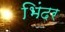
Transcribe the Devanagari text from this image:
भिंदर